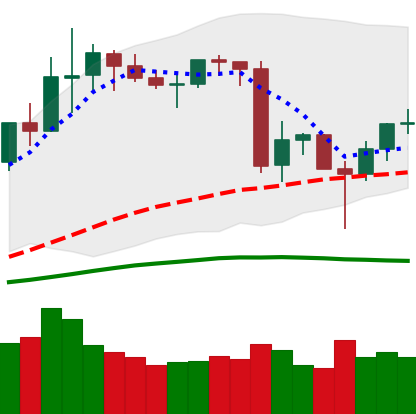
Ticker: LINK-USD
Chart end date: 2020-06-18
Forward return: 15.286%
Label: up_7plus